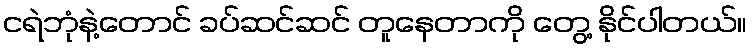
ငရဲဘုံနဲ့တောင် ခပ်ဆင်ဆင် တူနေတာကို တွေ့ နိုင်ပါတယ်။